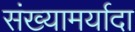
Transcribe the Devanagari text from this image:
संख्यामर्यादा